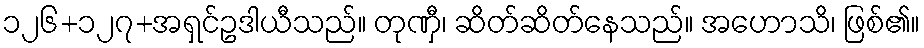
၁၂၆+၁၂၇+အရှင်ဥဒါယီသည်။ တုဏှီ၊ ဆိတ်ဆိတ်နေသည်။ အဟောသိ၊ ဖြစ်၏။